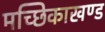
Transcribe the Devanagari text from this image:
मच्छिकाखण्ड